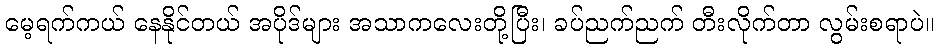
မေ့ရက်ကယ် နေနိုင်တယ် အပိုဒ်များ အသာကလေးတို့ပြီး၊ ခပ်ညက်ညက် တီးလိုက်တာ လွမ်းစရာပဲ။